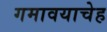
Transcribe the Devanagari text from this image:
गमावयाचेह